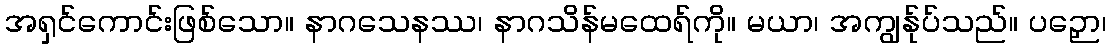
အရှင်ကောင်းဖြစ်သော။ နာဂသေနဿ၊ နာဂသိန်မထေရ်ကို။ မယာ၊ အကျွန်ုပ်သည်။ ပဉှော၊